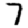
Digit: 7